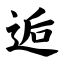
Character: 逅